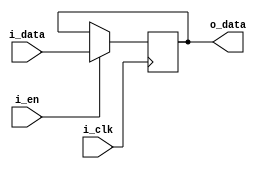
module AdvancedDff(input i_clk, input i_data, input i_en,output reg o_data);
    always @(posedge i_clk) begin
        o_data <= i_en ? i_data :o_data;
    end
endmodule